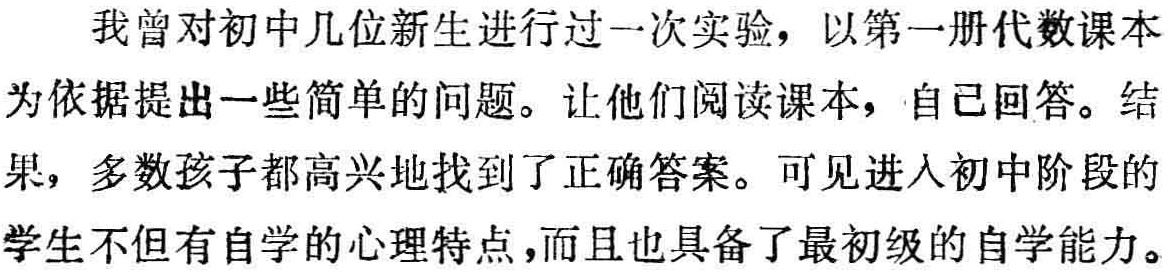
我曾对初中几位新生进行过一次实验，以第一册代数课本
为依据提出一些简单的问题。让他们阅读课本，自己回答。结
果，多数孩子都高兴地找到了正确答案。可见进入初中阶段的
学生不但有自学的心理特点，而且也具备了最初级的自学能力。